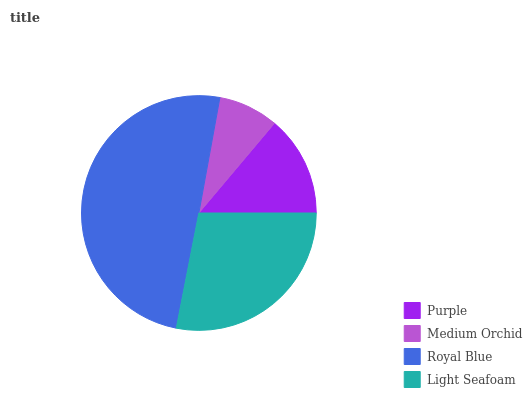
| Purple | Medium Orchid | Royal Blue | Light Seafoam |
 | --- | --- | --- | --- |
 | 13.9% | 8.28% | 49.8% | 28% |